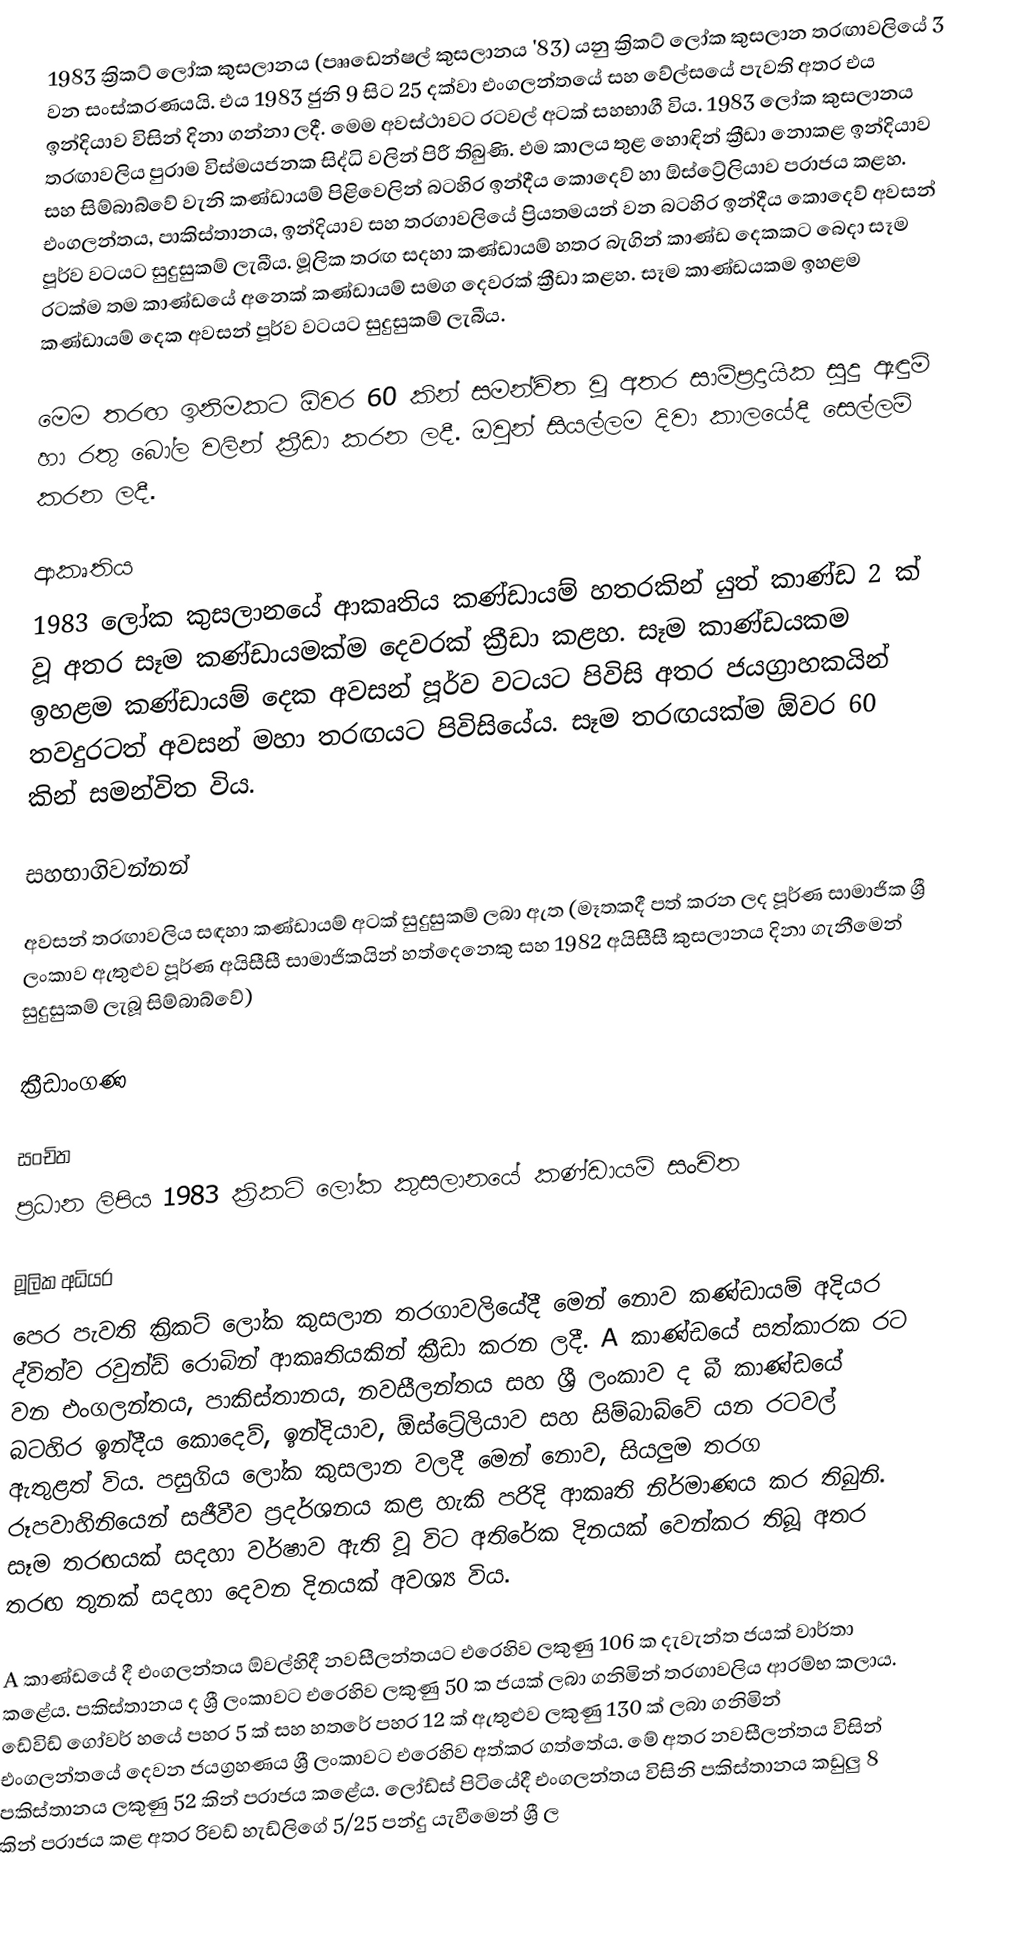
1983 ක්‍රිකට් ලෝක කුසලානය (පෲඩෙන්ෂල් කුසලානය '83) යනු ක්‍රිකට් ලෝක කුසලාන තරඟාවලියේ 3 වන සංස්කරණයයි. එය 1983 ජුනි 9 සිට 25 දක්වා එංගලන්තයේ සහ වේල්සයේ පැවති අතර එය ඉන්දියාව විසින් දිනා ගන්නා ලදී. මෙම අවස්ථාවට රටවල් අටක් සහභාගී විය. 1983 ලෝක කුසලානය තරඟාවලිය පුරාම විස්මයජනක සිද්ධි වලින් පිරී තිබුණි. එම කාලය තුළ හොඳින් ක්‍රීඩා නොකළ ඉන්දියාව සහ සිම්බාබ්වේ වැනි කණ්ඩායම් පිළිවෙලින් බටහිර ඉන්දීය කොදෙව් හා ඕස්ට්‍රේලියාව පරාජය කළහ. එංගලන්තය, පාකිස්තානය, ඉන්දියාව සහ තරගාවලියේ ප්‍රියතමයන් වන බටහිර ඉන්දීය කොදෙව් අවසන් පූර්ව වටයට සුදුසුකම් ලැබීය. මූලික තරඟ සදහා කණ්ඩායම් හතර බැගින් කාණ්ඩ දෙකකට බෙදා සෑම රටක්ම තම කාණ්ඩයේ අනෙක් කණ්ඩායම් සමග දෙවරක් ක්‍රීඩා කළහ. සෑම කාණ්ඩයකම ඉහළම කණ්ඩායම් දෙක අවසන් පූර්ව වටයට සුදුසුකම් ලැබීය.

මෙම තරඟ ඉනිමකට ඕවර 60 කින් සමන්විත වූ අතර සාම්ප්‍රදායික සුදු ඇඳුම් හා රතු බෝල වලින් ක්‍රීඩා කරන ලදී. ඔවුන් සියල්ලම දිවා කාලයේදී සෙල්ලම් කරන ලදී.

ආකෘතිය
1983 ලෝක කුසලානයේ ආකෘතිය කණ්ඩායම් හතරකින් යුත් කාණ්ඩ 2 ක් වූ අතර සෑම කණ්ඩායමක්ම දෙවරක් ක්‍රීඩා කළහ. සෑම කාණ්ඩයකම ඉහළම කණ්ඩායම් දෙක අවසන් පූර්ව වටයට පිවිසි අතර ජයග්‍රාහකයින් තවදුරටත් අවසන් මහා තරඟයට පිවිසියේය. සෑම තරඟයක්ම ඕවර 60 කින් සමන්විත විය.

සහභාගිවන්නන්

අවසන් තරඟාවලිය සඳහා කණ්ඩායම් අටක් සුදුසුකම් ලබා ඇත (මෑතකදී පත් කරන ලද පූර්ණ සාමාජික ශ්‍රී ලංකාව ඇතුළුව පූර්ණ අයිසීසී සාමාජිකයින් හත්දෙනෙකු සහ 1982 අයිසීසී කුසලානය දිනා ගැනීමෙන් සුදුසුකම් ලැබූ සිම්බාබ්වේ)

ක්‍රීඩාංගණ

සංචිත
ප්‍රධාන ලිපිය 1983 ක්‍රිකට් ලෝක කුසලානයේ කණ්ඩායම් සංචිත

මූලික අධියර
පෙර පැවති ක්‍රිකට් ලෝක කුසලාන තරගාවලියේදී මෙන් නොව කණ්ඩායම් අදියර ද්විත්ව රවුන්ඩ් රොබින් ආකෘතියකින් ක්‍රීඩා කරන ලදී. A කාණ්ඩයේ සත්කාරක රට වන එංගලන්තය, පාකිස්තානය, නවසීලන්තය සහ ශ්‍රී ලංකාව ද බී කාණ්ඩයේ බටහිර ඉන්දීය කොදෙව්, ඉන්දියාව, ඕස්ට්‍රේලියාව සහ සිම්බාබ්වේ යන රටවල් ඇතුළත් විය. පසුගිය ලෝක කුසලාන වලදී මෙන් නොව, සියලුම තරග රූපවාහිනියෙන් සජීවීව ප්‍රදර්ශනය කළ හැකි පරිදි ආකෘති නිර්මාණය කර තිබුනි. සෑම තරඟයක් සදහා වර්ෂාව ඇති වූ විට අතිරේක දිනයක් වෙන්කර තිබූ අතර තරඟ තුනක් සදහා දෙවන දිනයක් අවශ්‍ය විය.

A කාණ්ඩයේ දී එංගලන්තය ඕවල්හිදී නවසීලන්තයට එරෙහිව ලකුණු 106 ක දැවැන්ත ජයක් වාර්තා කළේය. පකිස්තානය ද ශ්‍රී ලංකාවට එරෙහිව ලකුණු 50 ක ජයක් ලබා ගනිමින් තරගාවලිය ආරම්භ කලාය. ඩේවිඩ් ගෝවර් හයේ පහර 5 ක් සහ හතරේ පහර 12 ක් ඇතුළුව ලකුණු 130 ක් ලබා ගනිමින් එංගලන්තයේ දෙවන ජයග්‍රහණය ශ්‍රී ලංකාවට එරෙහිව අත්කර ගත්තේය. මේ අතර නවසීලන්තය විසින් පකිස්තානය ලකුණු 52 කින් පරාජය කළේය. ලෝඩ්ස් පිටියේදී එංගලන්තය විසිනි පකිස්තානය කඩුලු 8 කින් පරාජය කළ අතර රිචඩ් හැඩ්ලිගේ 5/25 පන්දු යැවීමෙන් ශ්‍රී ල